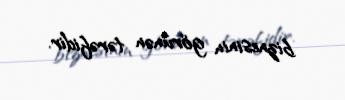
biznesinin görünən tərəfidir.